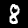
Digit: 8